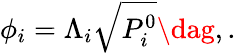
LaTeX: \phi_{i}=\Lambda_{i}\sqrt{P_{i}^{0}}\dag,.